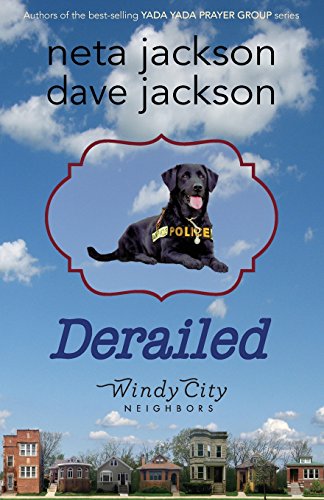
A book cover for Derailed; Dave Jackson; Literature & Fiction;